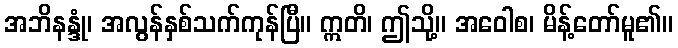
အဘိနန္ဒုံ၊ အလွန်နှစ်သက်ကုန်ပြီ။ ဣတိ၊ ဤသို့။ အဝေါစ၊ မိန့်တော်မူ၏။